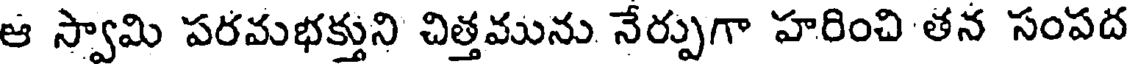
ఆ స్వామి పరమభక్తుని చిత్తమును నేర్పుగా హరించి తన సంపద